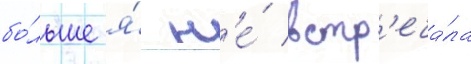
бо́льше я́ н'е́ встр'еча́ла